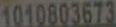
1010803673